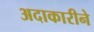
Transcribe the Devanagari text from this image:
अदाकारीने